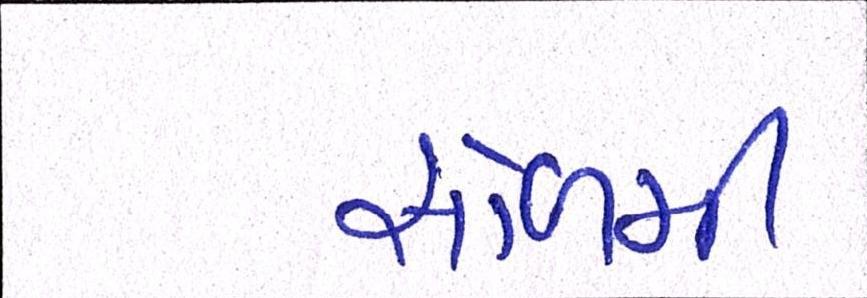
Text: સોળમી